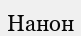
Нанон